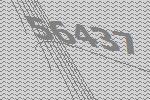
56437